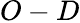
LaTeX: O-D